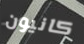
كانيون